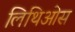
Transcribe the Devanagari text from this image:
लिथिओस